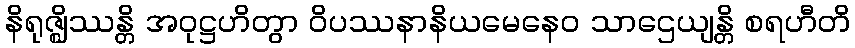
နိရုဇ္ဈိဿန္တိ အဝုဋ္ဌဟိတွာ ဝိပဿနာနိယမေနေဝ သာဌေယျန္တိ စရဟီတိ